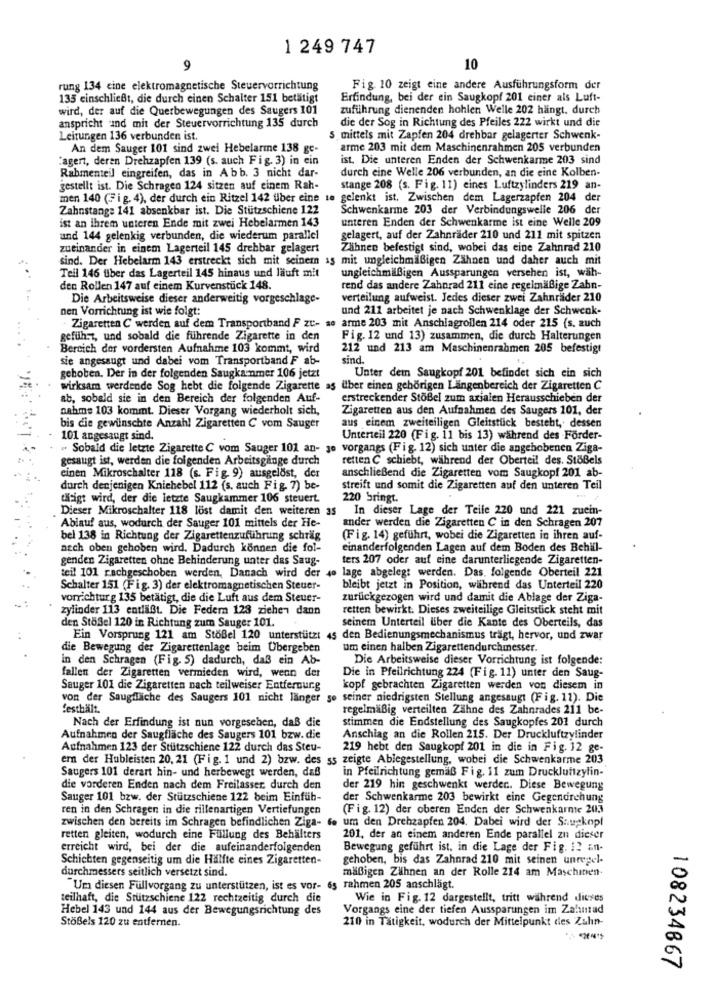
1 249 747
9
10
rung 134 cine elektromagnetische Steuervorrichtung
Fig. 10 zeigt eine andere Ausführungsform der
135 einschließt, die durch einen Schalter 151 betätigt
Erfindung, bei der ein Saugkopf 201 einer als Luft-
wird, der auf die Querbewegungen des Saugers 101
zuführung dienenden hohlen Welle 202 hängt. durch
die der Sog in Richtung des Pfeiles 222 wirkt und die
anspricht und mit der Steuervorrichtung 135 durch
Leitungen 136 verbunden ist.
S mittels mit Zapfen 204 drehbar gelagerter Schwenk-
An dem Sauger 101 sind zwei Hebelarme 138 ge-
arme 203 mit dem Maschinenrahmen 205 verbunden
"agent, deren Drehzapfen 139 (s. auch Fig. 3) in ein
ist. Die unteren Enden der Schwenkarme 203 sind
Rabmenteil eingreifen, das in Abb. 3 nicht dar-
durch eine Welle 206 verbunden, an die eine Kolben-
gestellt ist. Die Schrageo 124 sitzen auf einem Rah-
stange 208 (s. Fig. 11) eines Luftzylinders 219 an-
men 140 (Fig. 4), der durch ein Ritzel 142 über eine to gelenkt ist. Zwischen dem Lagerzapfen 204 der
Zahnstange 141 absenkbar ist. Die Stützschiene 122
Schwenkarme 203 der Verbindungswelle 206 der
ist an ihrem unteren Ende mit zwei Hebelarmen 143
unteren Enden der Schwenkarme ist eine Welle 209
und 144 gelenkig verbunden, die wiederum parallel
gelagert, auf der Zahnräder 210 und 211 mit spitzen
zueinander in einem Lagerteil 145 drehbar gelagert
Zähnen befestigt sind, wobei das eine Zahnrad 210
sind. Der Hebelarm 143 erstreckt sich mit seinem as mit ungleichmäßigen Zähnen und daher auch mit
Teil 146 über das Lagerteil 145 hinaus und läuft mit
ungleichmäßigen Aussparungen versehen ist, wäh-
den Rollen 147 auf einem Kurvenstück 148.
rend das andere Zahnrad 211 eine regelmäßige Zahn-
Die Arbeitsweise dieser anderweitig vorgeschlage-
verteilung aufweist. Jedes dieser zwei Zahnräder 210
nen Vorrichtung ist wie folgt:
und 211 arbeitet je nach Schwenklage der Schwenk-
- Zigaretten C werden auf dem Transportband F zu- se arme 203 mit Anschlagrollen 214 oder 215 (s. auch
geführt, und sobald die führende Zigarette in den
Fig. 12 und 13) zusammen, die durch Halterungen
Bereich der vordersten Aufnahme 103 kommt, wird
212 und 213 am Maschinenrahmen 205 befestigt
sie angesaugt und dabei vom Transportband F ab-
sind.
..
gehoben. Der in der folgenden Saugkanmer 106 jetzt
Unter dem Saugkopf 201 befindet sich ein sich
wirksam werdende Sog hebt die folgende Zigarette as über einen gehörigen Längenbereich der Zigaretten C
ab, sobald sie in den Bereich der folgenden Auf-
erstreckender StoBel zum axialen Herausschieben der
nahme 103 kommt. Dieser Vorgang wiederholt sich,
Zigaretten aus den Aufnahmen des Saugers 101, der
bis die gewünschte Anzahl Zigaretten C vom Sauger
aus einem zweiteiligen Gleitstück besteht, dessen
101 angesaugt sind.
Unterteil 220 (Fig. 11 bis 13) während des Förder-
" Sobald die letzte Zigarette C vom Sauger 101 an- 30 vorgangs (Fig. 12) sich unter die angehobenen Ziga-
gesaugt ist, werden die folgenden Arbeitsgänge durch
retten C schiebt, während der Oberteil des. StöBels
einen Mikroschalter 118 (s. Fig. 9) ausgelöst, der
anschließend die Zigaretten vom Saugkopf 201 ab-
durch denjenigen Knichebel 112 (s. auch Fig. 7) be-
streift und somit die Zigaretten auf den unteren Teil
tiligt wird, der die letzte Saugkammer 106 steuert.
220 bringt.
Dieser Mikroschalter 118 löst damit den weiteren as
In dieser Lage der Teile 220 und 221 zuein-
Ablauf aus, wodurch der Sauger 101 mittels der He-
ander werden die Zigaretten C in den Schragen 207
bel 138 in Richtung der Zigarettenzuführung schräg
(Fig. 14) geführt, wobei die Zigaretten in ihren auf-
nach oben gehoben wird. Dadurch können die fol-
einanderfolgenden Lagen auf dem Boden des Behill-
genden Zigaretten ohne Behinderung unter das Saug-
ters 207 oder auf eine darunterliegende Zigaretten-
teil 101 rachgeschoben werden, Danach wird der
lage abgelegt werden. Das. folgende Oberteil 221
Schalter 151 (Fig. 3) der elektromagnetischen Steuer-
bleibt jetzt in Position, während das Unterteil 220
vorrichtung 135 betätigt, die die Luft aus dem Steuer-
zurückgezogen wird und damit die Ablage der Ziga-
zylinder 113 entläßt. Die Federn 128 ziehen dann
retten bewirkt. Dieses zweiteilige Gleitstick steht mit
den Stoßel 120 in Richtung zum Sauger 101.
seinem Unterteil über die Kante des Oberteils, das
Ein Vorsprung 121 am Stoßel 120 unterstützt 45 den Bedienungsmechanismus trägt, hervor, und zwar
die Bewegung der Zigarettenlage beim Übergeben
um einen halben Zigarettendurchmesser.
in den Schragen (Fig. 5) dadurch, daß ein Ab-
Die Arbeitsweise dieser Vorrichtung ist folgende:
fallen der Zigaretten vermieden wird, wenn der
Die in Pfeilrichtung 224 (Fig. 11) unter den Saug-
Sauger 101 die Zigaretten nach teilweiser Entferour.g
kopf gebrachten Zigaretten werden von diesem in
von der Saugfläche des Saugers 101 nicht länger so seiner niedrigsten Stellung angesaugt (Fig. 11). Die
festhält.
regelmäßig verteilten Zähne des Zahnrades 211 be-
stimmen die Endstellung des Saugkopfes 201 durch
Nach der Erfindung ist nun vorgesehen, daß die
Aufnahmen der Saugflache des Saugers 101 bzw. die
Anschlag an die Rollen 215. Der Druckluftzylinder
Aufnahmen 123 der Stutzschiene 122 durch das Steu-
219 hebt den Saugkopf 201 in die in Fig. 12 ge-
er der Hubleisten 20, 21 (Fig. 1 und 2) bzw. des ss zeigte Ablegestellung, wobei die Schwenkarme 203
Saugers 101 derart hin- und herbewegt werden, daß
in Pfeilrichtung gemäß Fig. 11 zum Druckluftzylin-
die vorderen Enden nach dem Freilasser. durch den
der 219 hin geschwenkt werden. Diese Bewegung
Sauger 101 bzw. der Stützschiene 122 beim Einfuh-
der Schwenkarme 203 bewirkt eine Gegendrehung
ren in den Schragen in die rillenartigen Vertiefungen
(Fig. 12) der oberen Enden der Schwenkarnte 2013
zwischen den bereits im Schragen befindlichen Ziga- de um den Drehzapfen 204. Dabei wird der Saupkopf
retten gleiten, wodurch eine Füllung des Behälters
201, der an einem anderen Ende parallel zu dieser
erreicht wird, bei der die aufeinanderfolgenden
Bewegung geführt ist. in die Lage der Fig. 12 an-
Schichten gegenseitig um die Hälfte eines Zigaretten-
gehoben, bis das Zahnrad 210 mit seinen unregel-
durchmessers seitlich versetzt sind.
mäßigen Zähnen an der Rolle 214 am Maschinen-
"Um diesen Fullvorgang zu unterstützen, ist es vor- 65 rahmen 205 anschlägt.
teilhaft, die Stutzschiene 122 rechtzeitig durch die
Wie in Fig. 12 dargestellt, tritt während dieses
Hebel 143 und 144 aus der Bewegungsrichtung des
Vorgangs eine der tiefen Aussparungen im Zahnrad
StöBels 120 zu entfernen.
210 in Tätigkeit, wodurch der Mittelpunkt des Zahn-
108234867